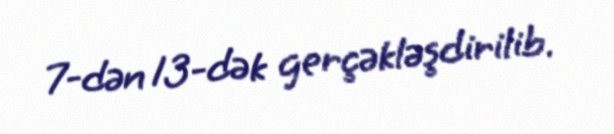
7-dən 13-dək gerçəkləşdirilib.